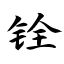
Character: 铨